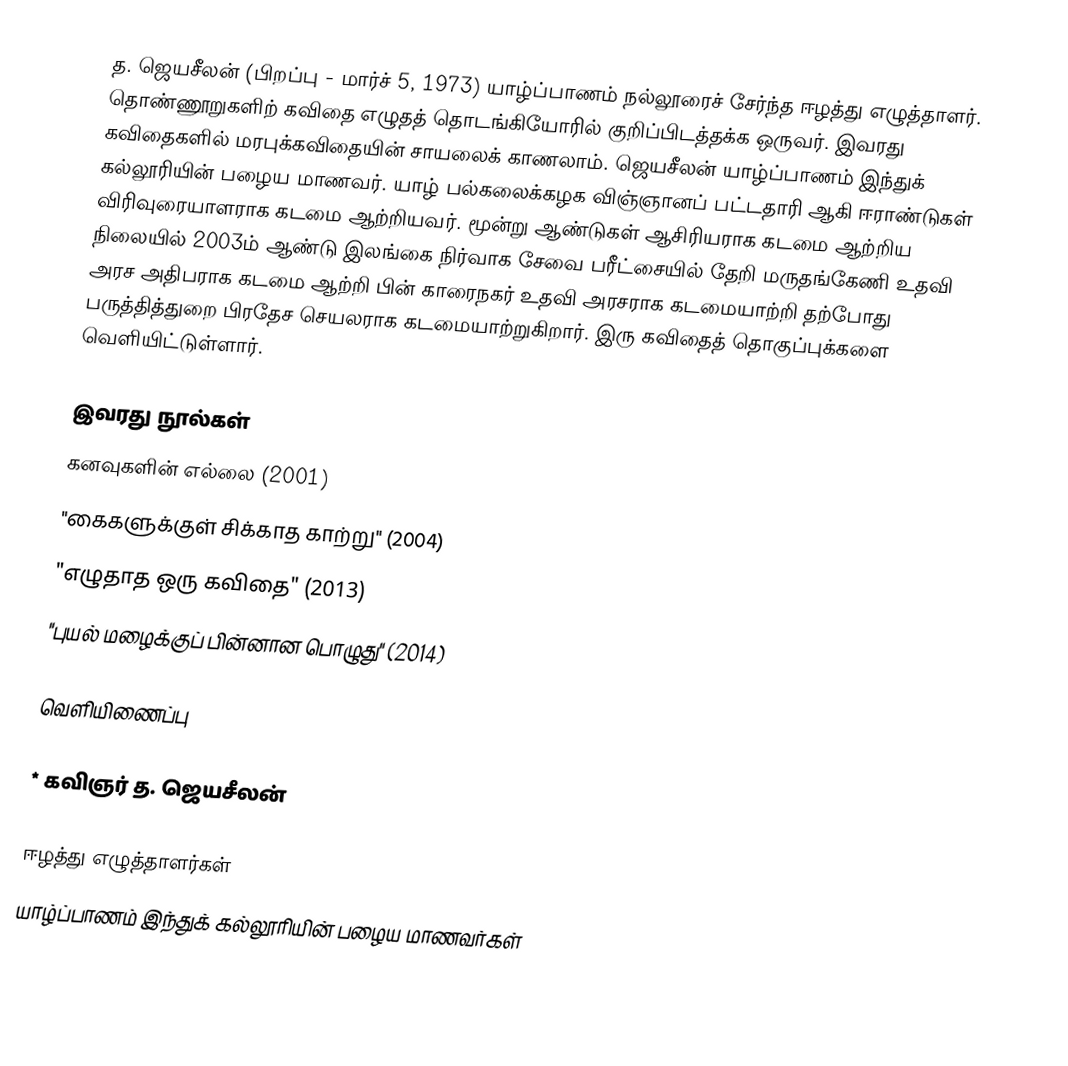
த. ஜெயசீலன் (பிறப்பு - மார்ச் 5, 1973) யாழ்ப்பாணம் நல்லூரைச் சேர்ந்த ஈழத்து எழுத்தாளர். தொண்ணூறுகளிற் கவிதை எழுதத் தொடங்கியோரில் குறிப்பிடத்தக்க ஒருவர். இவரது கவிதைகளில் மரபுக்கவிதையின் சாயலைக் காணலாம். ஜெயசீலன் யாழ்ப்பாணம் இந்துக் கல்லூரியின் பழைய மாணவர். யாழ் பல்கலைக்கழக விஞ்ஞானப் பட்டதாரி ஆகி ஈராண்டுகள் விரிவுரையாளராக கடமை ஆற்றியவர். மூன்று ஆண்டுகள் ஆசிரியராக கடமை ஆற்றிய நிலையில் 2003ம் ஆண்டு இலங்கை நிர்வாக சேவை பரீட்சையில் தேறி மருதங்கேணி உதவி அரச அதிபராக கடமை ஆற்றி பின் காரைநகர் உதவி அரசராக கடமையாற்றி தற்போது பருத்தித்துறை பிரதேச செயலராக கடமையாற்றுகிறார். இரு கவிதைத் தொகுப்புக்களை வெளியிட்டுள்ளார்.

இவரது நூல்கள்
 கனவுகளின் எல்லை (2001)
 "கைகளுக்குள் சிக்காத காற்று" (2004)
 "எழுதாத ஒரு கவிதை" (2013)
 "புயல் மழைக்குப் பின்னான பொழுது" (2014)

வெளியிணைப்பு

* கவிஞர் த. ஜெயசீலன்

ஈழத்து எழுத்தாளர்கள்
யாழ்ப்பாணம் இந்துக் கல்லூரியின் பழைய மாணவர்கள்